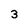
Character: 3